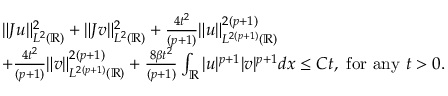
\begin{array} { r l } & { \| J u \| _ { L ^ { 2 } ( \mathbb { R } ) } ^ { 2 } + \| J v \| _ { L ^ { 2 } ( \mathbb { R } ) } ^ { 2 } + \frac { 4 t ^ { 2 } } { ( p + 1 ) } \| u \| _ { L ^ { 2 ( p + 1 ) } ( \mathbb { R } ) } ^ { 2 ( p + 1 ) } } \\ & { + \frac { 4 t ^ { 2 } } { ( p + 1 ) } \| v \| _ { L ^ { 2 ( p + 1 ) } ( \mathbb { R } ) } ^ { 2 ( p + 1 ) } + \frac { 8 \beta t ^ { 2 } } { ( p + 1 ) } \int _ { \mathbb { R } } | u | ^ { p + 1 } | v | ^ { p + 1 } d x \leq C t , \ \mathrm { f o r \ a n y } \ t > 0 . } \end{array}